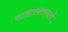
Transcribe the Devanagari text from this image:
साखरकारखाने